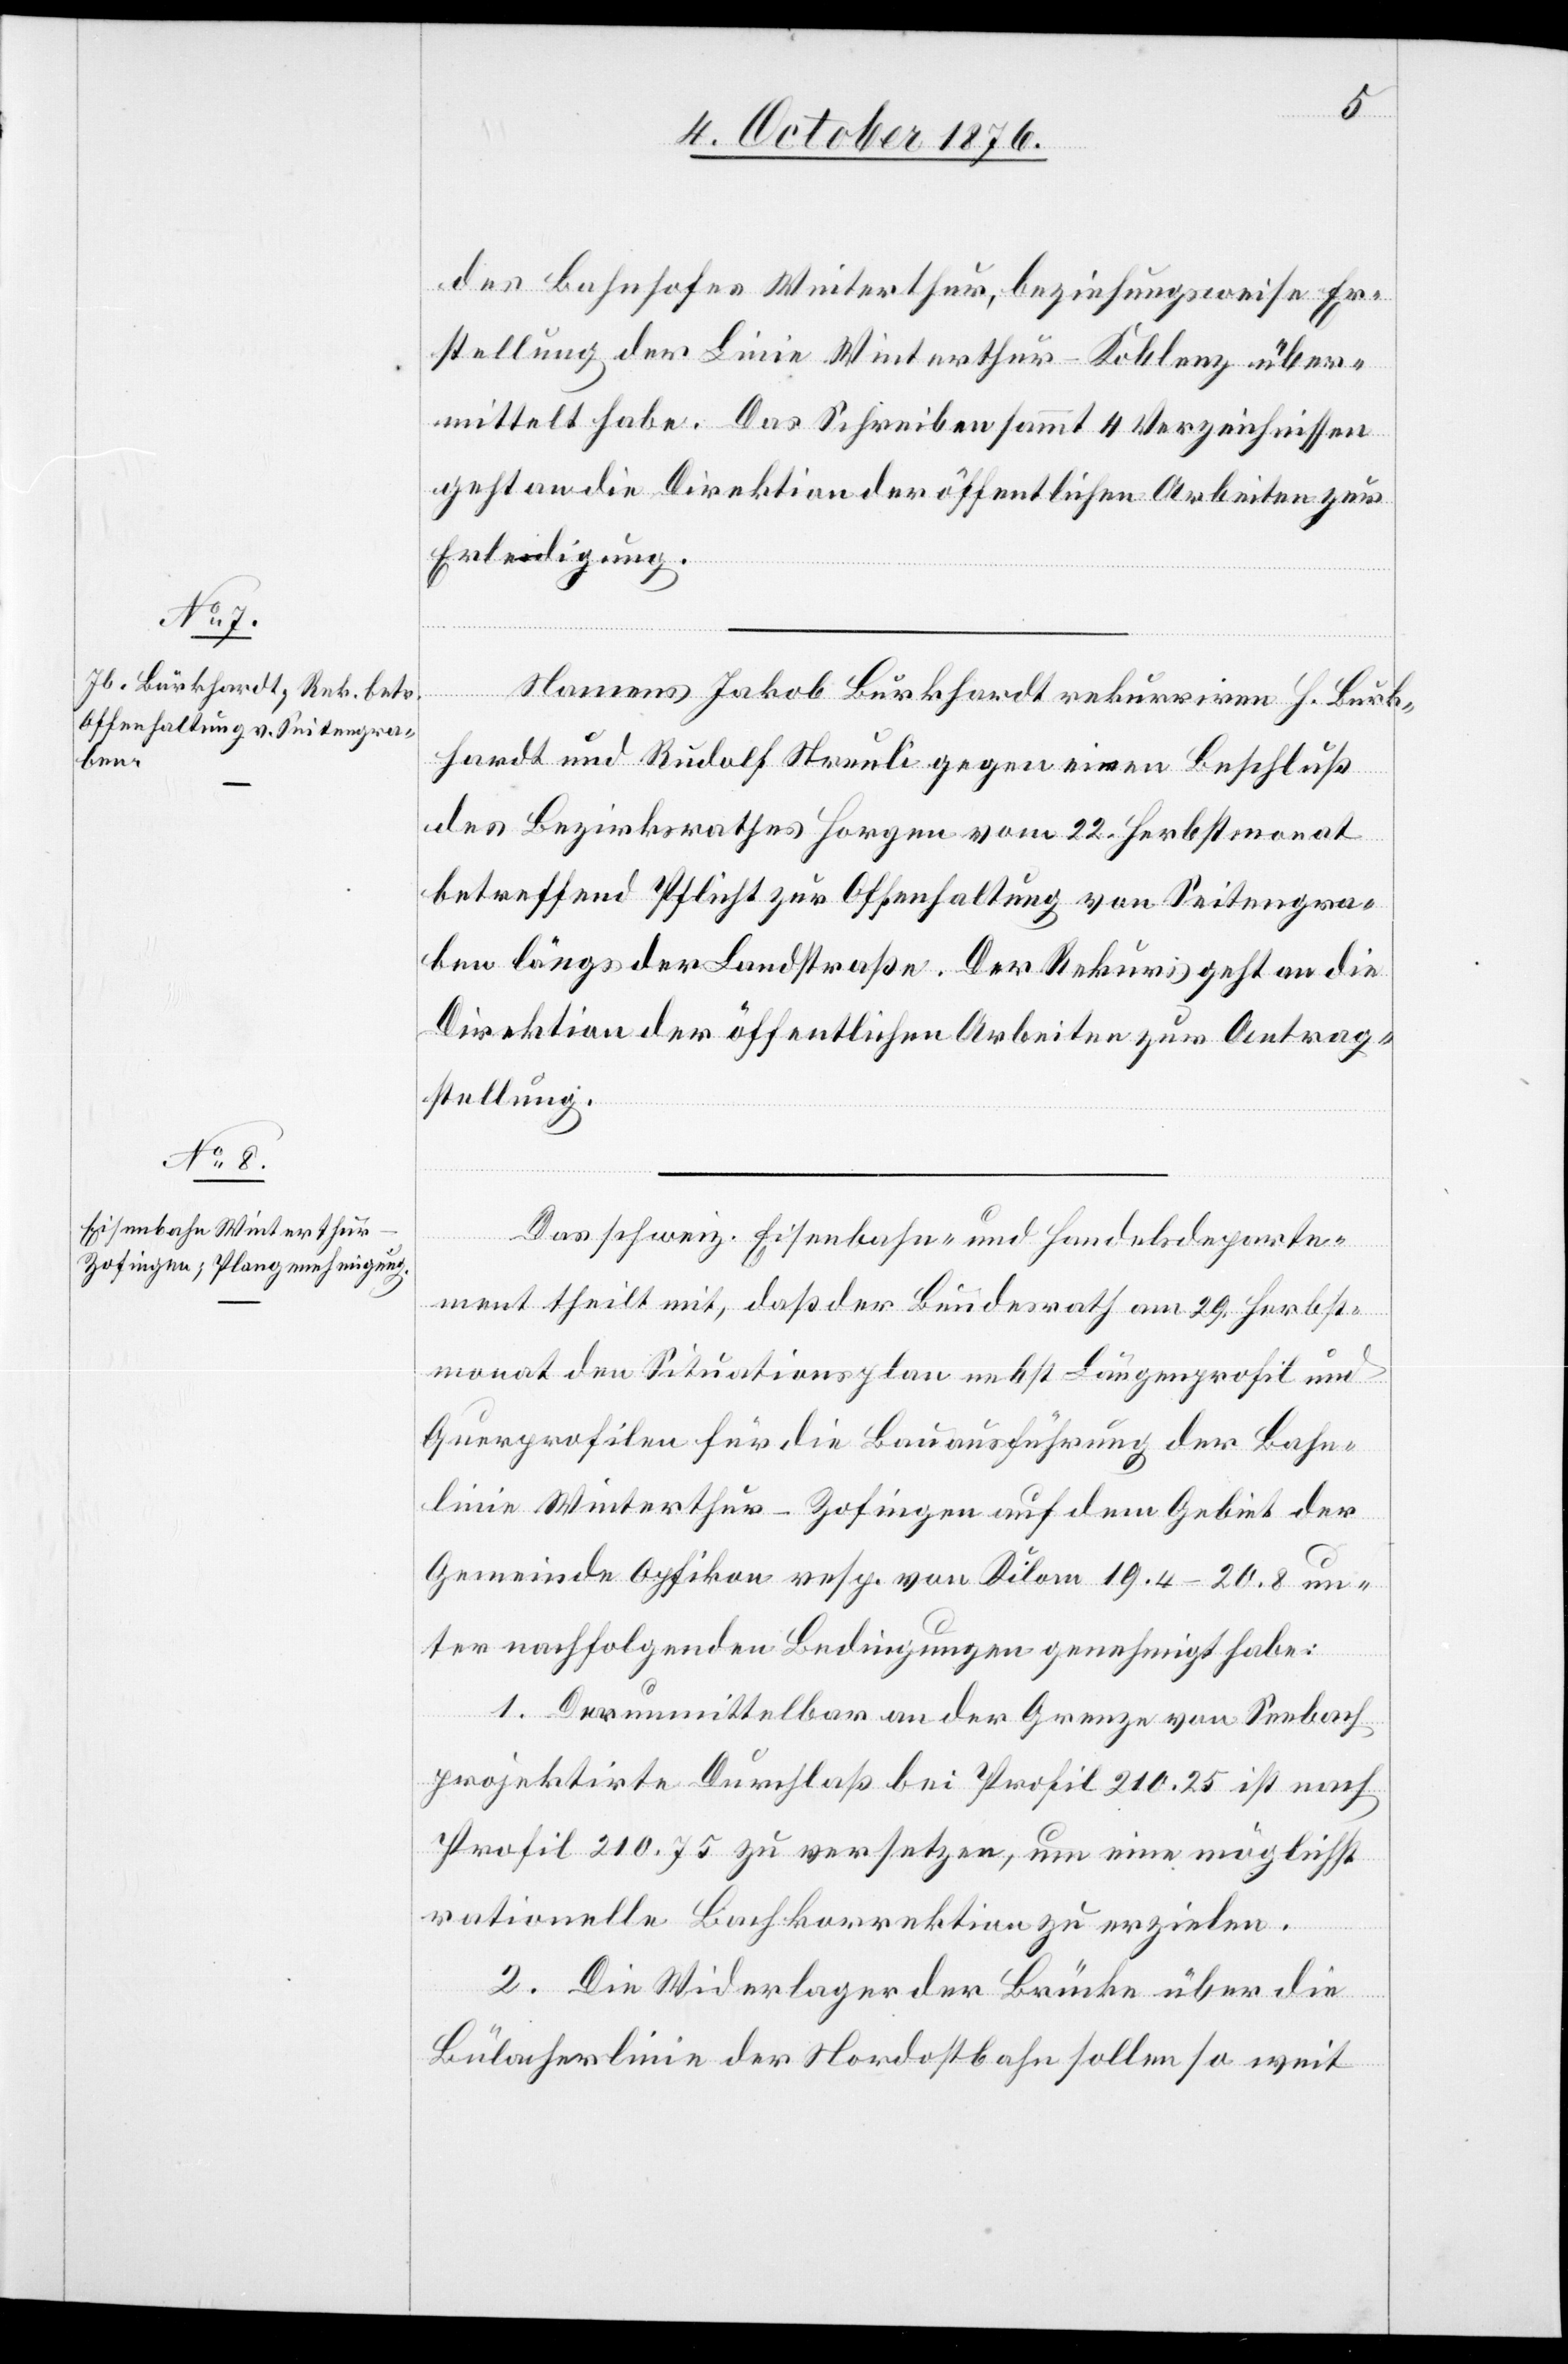
4. Oct. 1876.]
des Bahnhofes Winterthur, beziehungsweise Er¬
stellung der Linie Winterthur–Koblenz über¬
mittelt habe. Das Schreiben sammt 4 Verzeichnissen
geht an die Direktion der öffentlichen Arbeiten zur
Erledigung.
Namens Jakob Burkhardt rekurriren H. Burk¬
hardt und Rudolf Streuli gegen einen Beschluß
des Bezirksrathes Horgen vom 22. Herbstmonat
betreffend Pflicht zur Offenhaltung von Seitengra¬
ben längs der Landstraße. Der Rekurs geht an die
Direktion der öffentlichen Arbeiten zur Antrag¬
stellung.
Das schweiz. Eisenbahn- und Handelsdeparte¬
ment theilt mit, daß der Bundesrath am 29. Herbst¬
monat den Situationsplan nebst Längenprofil und
Querprofilen für die Bauausführung der Bahn¬
linie Winterthur–Zofingen auf dem Gebiet der
Gemeinde Opfikon resp. von Kilom 19.4–20.8 un¬
ter nachfolgenden Bedingungen genehmigt habe:
1. Der unmittelbar an der Grenze von Seebach
projektirte Durchlaß bei Profil 210.25 ist nach
Profil 210.75 zu versetzen, um eine möglichst
rationelle Bachkorrektion zur erzielen.
2. Die Widerlager der Brücke über die
Bülacherlinie der Nordostbahn sollen so weit